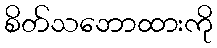
စိတ်သဘောထားကို